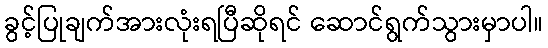
ခွင့်ပြုချက်အားလုံးရပြီဆိုရင် ဆောင်ရွက်သွားမှာပါ။